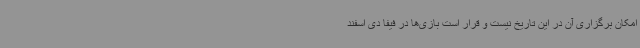
امکان برگزاری آن در این تاریخ نیست و قرار است بازی‌ها در فیفا دی اسفند